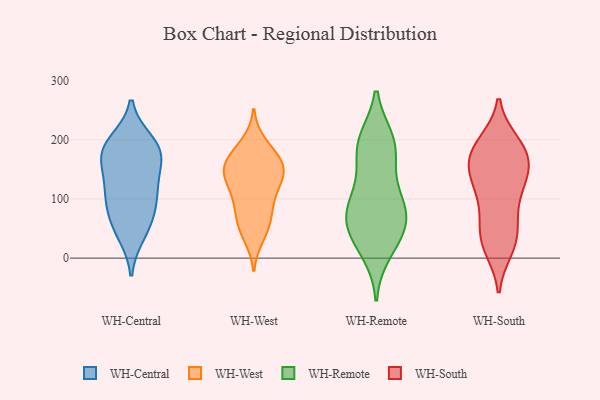
{"axis": {"x": "Population (Million)", "y": "Value"}, "legend": ["WH-Central", "WH-Remote", "WH-South", "WH-West"], "data": [{"x": "", "y": 183, "type": "WH-Central"}, {"x": "", "y": 42, "type": "WH-Central"}, {"x": "", "y": 170, "type": "WH-Central"}, {"x": "", "y": 175, "type": "WH-Central"}, {"x": "", "y": 116, "type": "WH-Central"}, {"x": "", "y": 115, "type": "WH-Central"}, {"x": "", "y": 60, "type": "WH-Central"}, {"x": "", "y": 195, "type": "WH-Central"}, {"x": "", "y": 111, "type": "WH-Central"}, {"x": "", "y": 74, "type": "WH-Central"}, {"x": "", "y": 178, "type": "WH-Central"}, {"x": "", "y": 93, "type": "WH-West"}, {"x": "", "y": 116, "type": "WH-West"}, {"x": "", "y": 61, "type": "WH-West"}, {"x": "", "y": 56, "type": "WH-West"}, {"x": "", "y": 171, "type": "WH-West"}, {"x": "", "y": 174, "type": "WH-West"}, {"x": "", "y": 152, "type": "WH-West"}, {"x": "", "y": 148, "type": "WH-West"}, {"x": "", "y": 150, "type": "WH-West"}, {"x": "", "y": 90, "type": "WH-West"}, {"x": "", "y": 194, "type": "WH-West"}, {"x": "", "y": 141, "type": "WH-West"}, {"x": "", "y": 36, "type": "WH-West"}, {"x": "", "y": 132, "type": "WH-West"}, {"x": "", "y": 178, "type": "WH-Remote"}, {"x": "", "y": 127, "type": "WH-Remote"}, {"x": "", "y": 86, "type": "WH-Remote"}, {"x": "", "y": 198, "type": "WH-Remote"}, {"x": "", "y": 50, "type": "WH-Remote"}, {"x": "", "y": 33, "type": "WH-Remote"}, {"x": "", "y": 91, "type": "WH-Remote"}, {"x": "", "y": 195, "type": "WH-Remote"}, {"x": "", "y": 86, "type": "WH-Remote"}, {"x": "", "y": 190, "type": "WH-Remote"}, {"x": "", "y": 12, "type": "WH-Remote"}, {"x": "", "y": 50, "type": "WH-Remote"}, {"x": "", "y": 68, "type": "WH-Remote"}, {"x": "", "y": 120, "type": "WH-South"}, {"x": "", "y": 193, "type": "WH-South"}, {"x": "", "y": 30, "type": "WH-South"}, {"x": "", "y": 96, "type": "WH-South"}, {"x": "", "y": 150, "type": "WH-South"}, {"x": "", "y": 180, "type": "WH-South"}, {"x": "", "y": 130, "type": "WH-South"}, {"x": "", "y": 172, "type": "WH-South"}, {"x": "", "y": 194, "type": "WH-South"}, {"x": "", "y": 17, "type": "WH-South"}, {"x": "", "y": 133, "type": "WH-South"}, {"x": "", "y": 186, "type": "WH-South"}, {"x": "", "y": 163, "type": "WH-South"}, {"x": "", "y": 56, "type": "WH-South"}, {"x": "", "y": 37, "type": "WH-South"}, {"x": "", "y": 150, "type": "WH-South"}, {"x": "", "y": 79, "type": "WH-South"}, {"x": "", "y": 22, "type": "WH-South"}]}